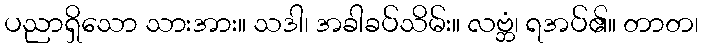
ပညာရှိသော သားအား။ သဒါ၊ အခါခပ်သိမ်း။ လဗ္ဘံ၊ ရအပ်၏။ တာတ၊